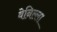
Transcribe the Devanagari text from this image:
वेनिल्ला